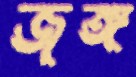
জঙ্গ